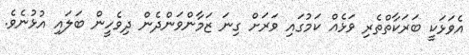
އެވަޅަކީ ބަރަކާތްތެރި ވަޅެއް ކަމުގައި ވަރަށް ގިނަ ޒަމާންވަންދެން ދިވެހީން ބަލައި އުޅުނެވެ.